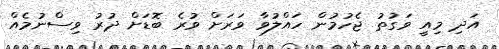
އަދި މިއީ ވަގުތު ޖެހުމުން ހައްލުވާ ވަރަށް ވުރެ ބޮޑަށް ދުރު ވިސްނުމެއް